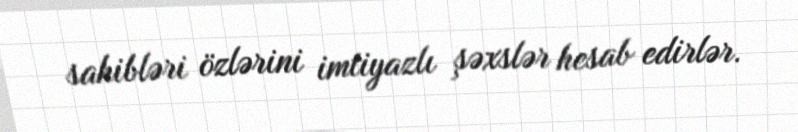
sahibləri özlərini imtiyazlı şəxslər hesab edirlər.